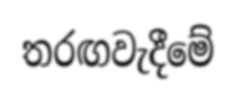
තරඟවැදීමේ